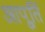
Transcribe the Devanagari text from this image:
आपू्र्ति